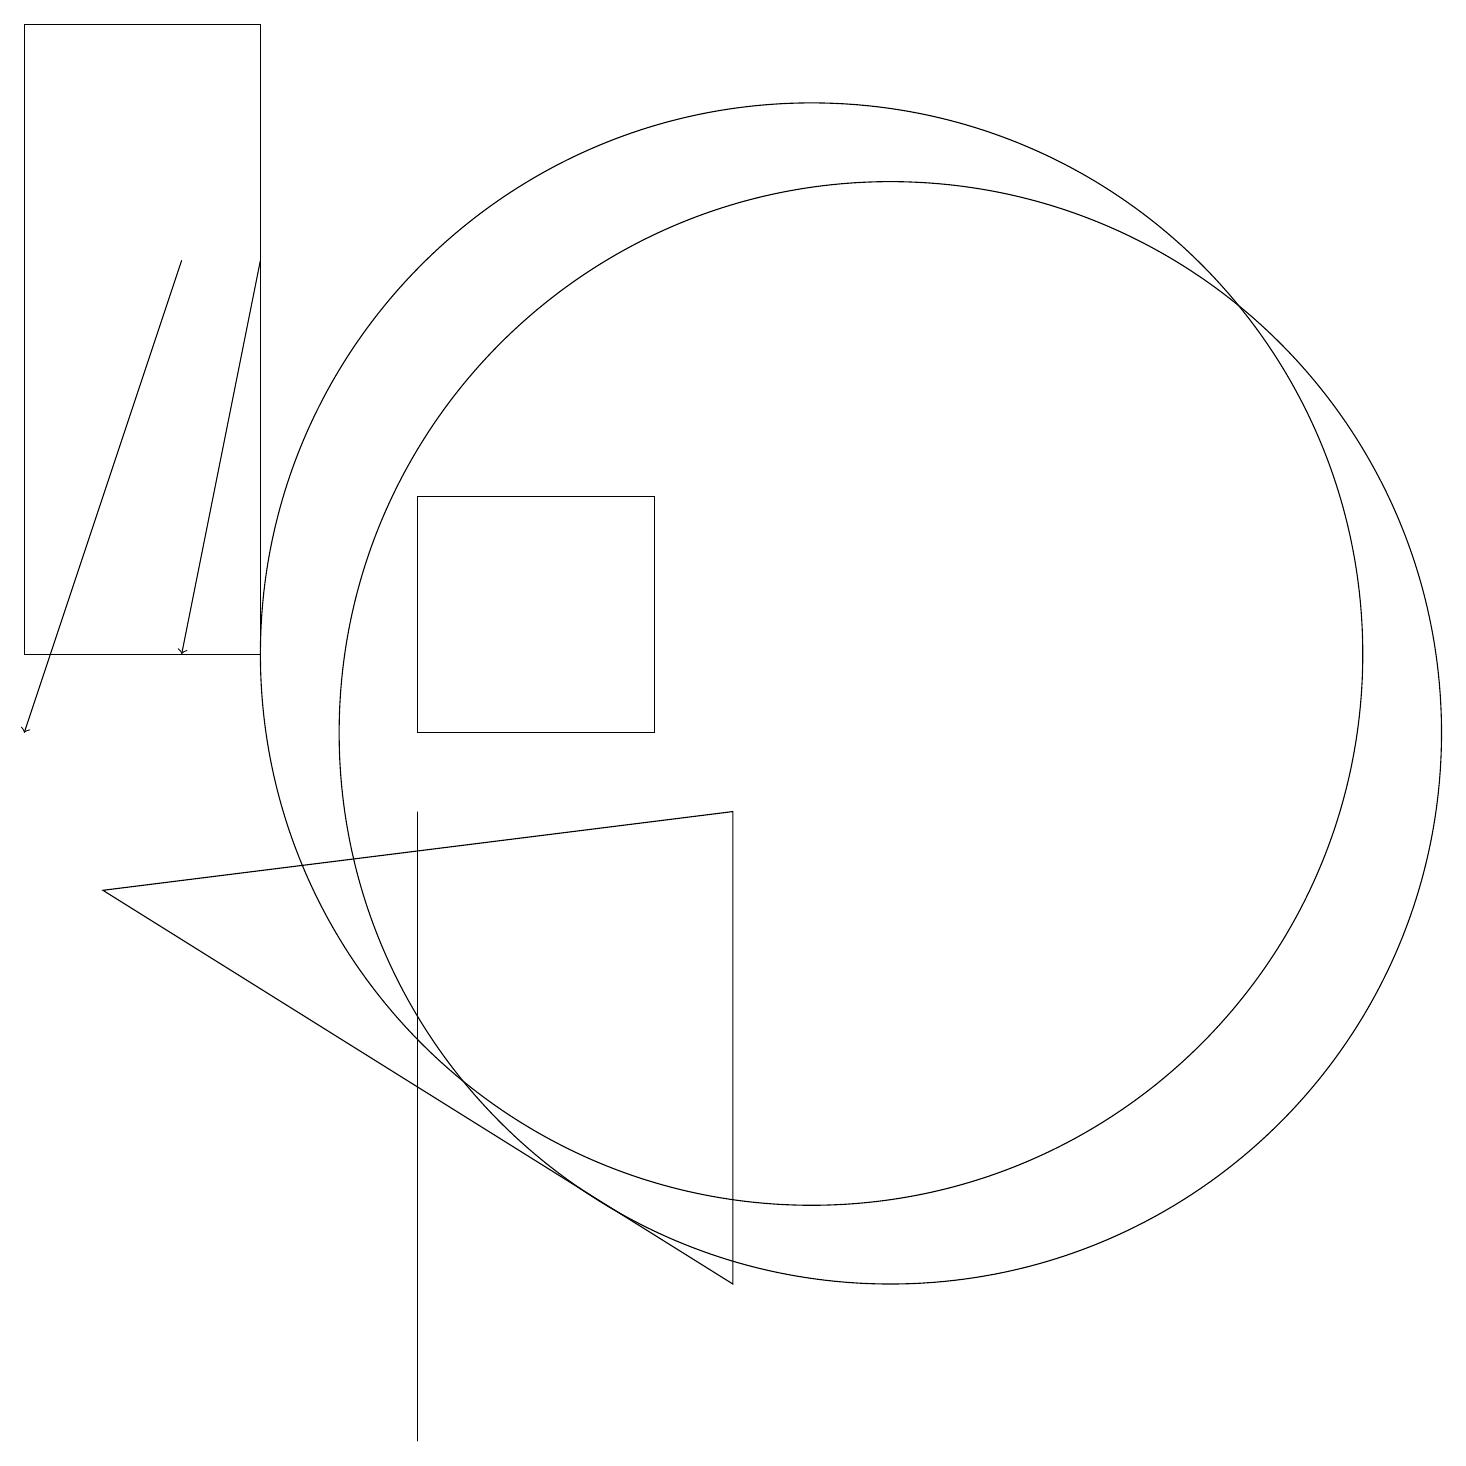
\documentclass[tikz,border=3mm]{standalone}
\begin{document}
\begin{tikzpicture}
\draw[->] (2,16) -- (0,10);
\draw (9,9) -- (1,8) -- (9,3) -- cycle;
\draw (0,19) rectangle (3,11);
\draw (11,10) circle (7);
\draw[->] (3,16) -- (2,11);
\draw (10,11) circle (7);
\draw (5,1) -- (5,9) -- (5,2) -- cycle;
\draw (8,13) rectangle (5,10);
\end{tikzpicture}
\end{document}